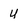
Character: U